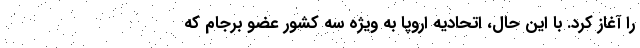
را آغاز کرد. با این حال، اتحادیه اروپا به ویژه سه کشور عضو برجام که